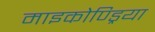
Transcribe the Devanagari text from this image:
माइकोण्ड्रिया